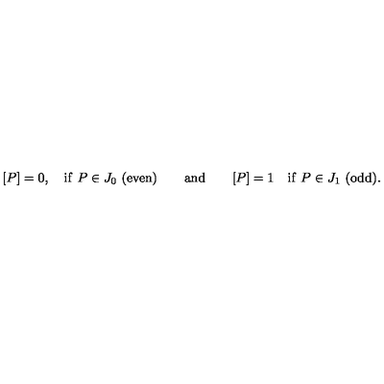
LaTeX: \lbrack P ] = 0 , \quad \mathrm { i f \ } P \in J _ { 0 } \ ( \mathrm { e v e n } ) \qquad \mathrm { a n d } \qquad [ P ] = 1 \quad \mathrm { i f \ } P \in J _ { 1 } \ ( \mathrm { o d d } ) .